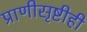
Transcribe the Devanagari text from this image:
प्राणीसृष्टीही